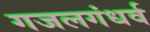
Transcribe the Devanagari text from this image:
गजलगंधर्व